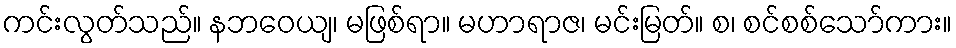
ကင်းလွတ်သည်။ နဘဝေယျ၊ မဖြစ်ရာ။ မဟာရာဇ၊ မင်းမြတ်။ စ၊ စင်စစ်သော်ကား။